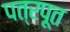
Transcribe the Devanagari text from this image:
पत्रपूत